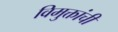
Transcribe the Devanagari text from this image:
विमुक्तांची